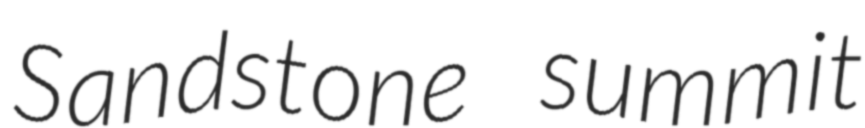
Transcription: Sandstone summit